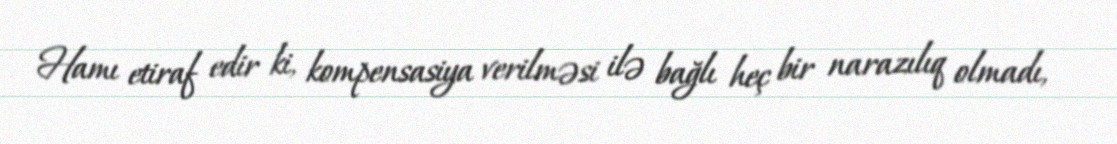
Hamı etiraf edir ki, kompensasiya verilməsi ilə bağlı heç bir narazılıq olmadı,